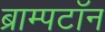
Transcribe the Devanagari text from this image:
ब्राम्पटॉन